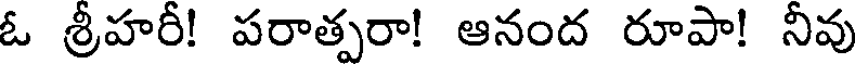
ఓ శ్రీహరీ! పరాత్పరా! ఆనంద రూపా! నీవు